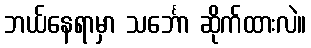
ဘယ်နေရာမှာ သင်္ဘော ဆိုက်ထားလဲ။